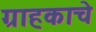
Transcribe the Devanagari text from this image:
ग्राहकाचे